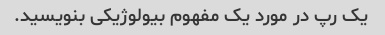
یک رپ در مورد یک مفهوم بیولوژیکی بنویسید.